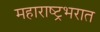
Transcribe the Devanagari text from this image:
महाराष्ट्रभरात